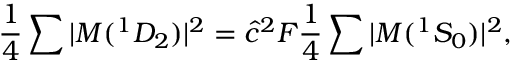
\frac { 1 } { 4 } \sum | { \cal M } ( ^ { 1 } D _ { 2 } ) | ^ { 2 } = \hat { c } ^ { 2 } { \cal F } \frac { 1 } { 4 } \sum | { \cal M } ( ^ { 1 } S _ { 0 } ) | ^ { 2 } ,